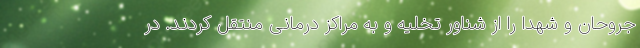
جروحان و شهدا را از شناور تخلیه و به مراکز درمانی منتقل کردند. در